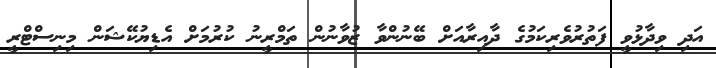
އަދި ވިދާޅުވީ ފަތުރުވެރިކަމުގެ ދާއިރާއަށް ބޭނުންވާ ޒުވާނުން ތަމްރީނު ކުރުމަށް އެޑިޔުކޭޝަން މިނިސްޓްރީ